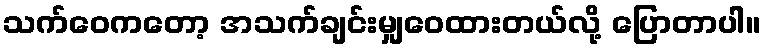
သက်ဝေကတော့ အသက်ချင်းမျှဝေထားတယ်လို့ ပြောတာပါ။